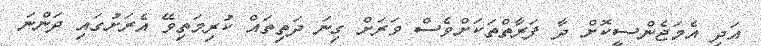
އަދި އެމަޖެންސީކޮށް ދާ ފަރާތްތަކަށްވެސް ވަރަށް ގިނަ ދަތިތައް ކުރިމަތިވޭ އެރަށުގައި ދަންނަ